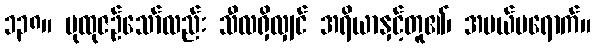
၁၃၈။ ပုထုဇဉ်သော်လည်း သီလရှိလျှင် အရိယာနှင့်တူ၏၊ အပယ်မရောက်။